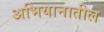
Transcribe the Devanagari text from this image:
अभियानातील